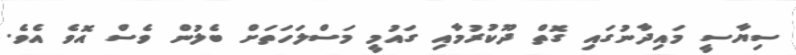
ސިޔާސީ މައިދާނުގައި ގޮތް ދޫކުރުމާއި ގައުމީ މަސްލަހަތަށް ބެލުން ވެސް އޮވެ އެވެ.